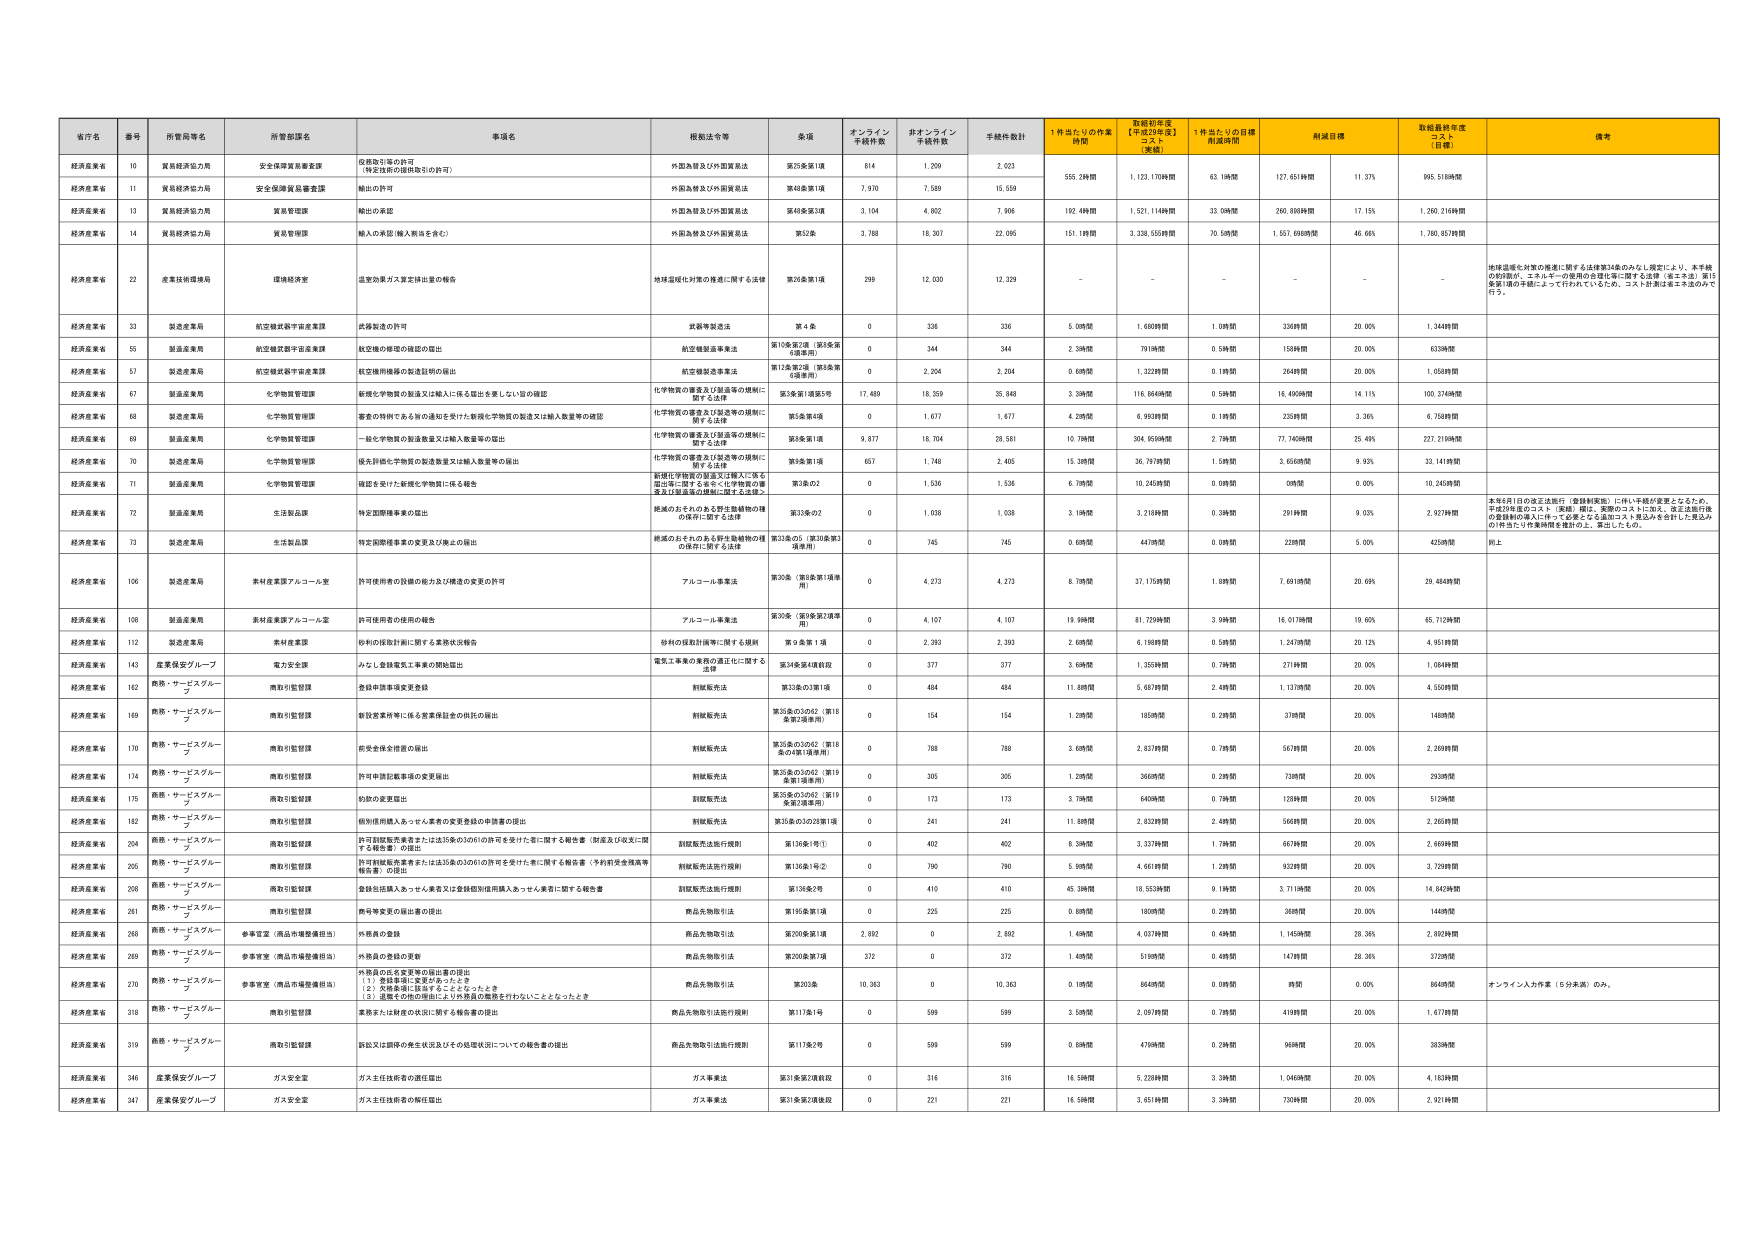
経済産業省 10 資源経済局力局 安全保障貿易審査課 保税取引等の許可 （特定品目の保税取引の許可） 外国為替及び外国貿易法 第25条第1項 814 1,209 2,023 555.2時間 1,123.170時間 62.1時間 127.651時間 11.37% 995.518時間 経済産業省 11 資源経済局力局 安全保障貿易審査課 輸出の許可 外国為替及び外国貿易法 第48条第1項 7,970 7,589 15,559 162.4時間 1,521.114時間 33.0時間 260.898時間 17.15% 1,260.216時間 経済産業省 13 資源経済局力局 資源管理課 輸出の承認 外国為替及び外国貿易法 第48条第3項 3,104 4,802 7,906 162.4時間 1,521.114時間 33.0時間 260.898時間 17.15% 1,260.216時間 経済産業省 14 資源経済局力局 資源管理課 輸入の承認（輸入申告を含む） 外国為替及び外国貿易法 第52条 3,788 18,307 22,095 151.1時間 3,338.555時間 70.5時間 1,557.698時間 46.66% 1,780.857時間 経済産業省 22 産業技術環境局 環境経済室 温室効果ガス算定排出量の報告 地球温暖化対策の推進に関する法律 第26条第1項 299 12,030 12,329 - - - - - - 地球温暖化対策の推進に関する法律第34条のみなし規定により、本手続の的対象が、エネルギーの使用の合理化に関する法律（省エネ法）第15条第1項の手続によって行われているため、コスト計算は省エネ法のみで行う。 経済産業省 33 製造産業局 航空機試験宇宙産業課 武器製造の許可 武器等製造法 第4条 0 336 336 5.0時間 1,680時間 1.0時間 336時間 20.00% 1,344時間 経済産業省 55 製造産業局 航空機試験宇宙産業課 航空機の修理の確認の届出 航空機製造事業法 第10条第2項（第8条第6項参照） 0 344 344 2.3時間 791時間 0.5時間 158時間 20.00% 633時間 経済産業省 57 製造産業局 航空機試験宇宙産業課 航空機用機器の製造証明の届出 航空機製造事業法 第12条第2項（第8条第6項参照） 0 2,204 2,204 0.6時間 1,322時間 0.1時間 264時間 20.00% 1,058時間 経済産業省 67 製造産業局 化学物質管理課 新規化学物質の製造又は輸入に係る届出を要しない旨の確認 化学物質の審査及び製造等の規制に関する法律 第3条第1項第5号 17,489 18,359 35,848 3.3時間 116,964時間 0.5時間 16,400時間 14.11% 100.754時間 経済産業省 68 製造産業局 化学物質管理課 審査の特例である旨の通知を受けた新規化学物質の製造又は輸入数量等の確認 化学物質の審査及び製造等の規制に関する法律 第3条第4項 0 1,677 1,677 4.2時間 6,963時間 0.1時間 230時間 3.36% 6,738時間 経済産業省 69 製造産業局 化学物質管理課 一般化学物質の製造数量又は輸入数量等の届出 化学物質の審査及び製造等の規制に関する法律 第3条第1項 9,877 18,704 28,581 10.7時間 304,959時間 2.7時間 77,740時間 25.49% 227.219時間 経済産業省 70 製造産業局 化学物質管理課 保全計画化学物質の製造数量又は輸入数量等の届出 化学物質の審査及び製造等の規制に関する法律 第3条第1項 657 1,748 2,405 15.3時間 36,797時間 1.5時間 3,608時間 9.93% 33,141時間 経済産業省 71 製造産業局 化学物質管理課 確認を受けた新規化学物質に係る報告 新規化学物質の審査及び輸入に係る届出等に関する省令（化学物質の審査及び製造等の規制に関する法律） 第3条の2 0 1,536 1,536 6.7時間 10,245時間 0.0時間 0時間 0.00% 10,245時間 経済産業省 72 製造産業局 生活製品課 特定国際捜索の届出 絶滅のおそれのある野生生物の種の保存に関する法律 第33条の2 0 1,038 1,038 3.1時間 3,218時間 0.3時間 291時間 9.03% 2,927時間 本年6月1日の改正法施行（登録制実施）に伴い手続が変更となるため、平成29年度のコスト（実績）欄は、変更のコストに加え、改正法施行後の登録制の導入に伴って必要となる追加コスト見込みを合計した見込みの「件当たり作業時間」を確認の上、算出したもの。 経済産業省 73 製造産業局 生活製品課 特定国際捜索の変更及び廃止の届出 絶滅のおそれのある野生生物の種の保存に関する法律 第35条の5（第30条第3項参照） 0 745 745 0.6時間 447時間 0.0時間 22時間 5.00% 425時間 前上 経済産業省 106 製造産業局 素材産業課アルコール室 許可使用者の設備の能力及び構造の変更の許可 アルコール事業法 第30条（第8条第1項参照） 0 4,273 4,273 8.7時間 37,175時間 1.8時間 7,691時間 20.69% 29,484時間 経済産業省 108 製造産業局 素材産業課アルコール室 許可使用者の使用の報告 アルコール事業法 第30条（第8条第2項参照） 0 4,107 4,107 19.9時間 81,729時間 3.9時間 16,017時間 19.60% 65,712時間 経済産業省 112 製造産業局 素材産業課 砂利の採取計画に関する業務状況報告 砂利の採取計画等に関する規則 第9条第1項 0 2,393 2,393 2.6時間 6,198時間 0.5時間 1,247時間 20.12% 4,951時間 経済産業省 143 産業保安グループ 電力安全室 みなし登録電気工事業の開始届出 電気工事業の業務の適正化に関する法律 第34条第4項前段 0 377 377 3.6時間 1,359時間 0.7時間 271時間 20.00% 1,084時間 経済産業省 162 商務・サービスグループ 商取引監督課 登録申請事項変更登録 軽減販売法 第33条の3第1項 0 484 484 11.8時間 5,667時間 2.4時間 1,137時間 20.00% 4,530時間 経済産業省 169 商務・サービスグループ 商取引監督課 解散営業所等に係る営業保証金の供託の届出 軽減販売法 第35条の3の2（第18条第2項参照） 0 154 154 1.2時間 185時間 0.2時間 37時間 20.00% 148時間 経済産業省 170 商務・サービスグループ 商取引監督課 前受金保全措置の届出 軽減販売法 第35条の3の2（第18条の4第1項参照） 0 788 788 3.6時間 2,837時間 0.7時間 567時間 20.00% 2,269時間 経済産業省 174 商務・サービスグループ 商取引監督課 許可申請記載事項の変更届出 軽減販売法 第35条の3の2（第19条第1項参照） 0 305 305 1.2時間 366時間 0.2時間 73時間 20.00% 293時間 経済産業省 175 商務・サービスグループ 商取引監督課 初動の変更届出 軽減販売法 第35条の3の2（第19条第2項参照） 0 173 173 3.7時間 640時間 0.7時間 128時間 20.00% 512時間 経済産業省 182 商務・サービスグループ 商取引監督課 個別信用購入あっせん業者の変更登録の申請書の提出 軽減販売法 第35条の3の2第1項 0 241 241 11.8時間 2,832時間 2.4時間 566時間 20.00% 2,265時間 経済産業省 204 商務・サービスグループ 商取引監督課 許可軽減販売業者または法35条の3の6の許可を受けた者に関する報告書（財産及び収支に関する報告書）の提出 軽減販売法施行規則 第136条1号① 0 402 402 8.3時間 3,357時間 1.7時間 667時間 20.00% 2,669時間 経済産業省 205 商務・サービスグループ 商取引監督課 許可軽減販売業者または法35条の3の6の許可を受けた者に関する報告書（予約販売金残高等報告書）の提出 軽減販売法施行規則 第136条1号② 0 790 790 5.9時間 4,661時間 1.2時間 932時間 20.00% 3,729時間 経済産業省 208 商務・サービスグループ 商取引監督課 登録信託購入あっせん業者又は登録個別信用購入あっせん業者に関する報告書 軽減販売法施行規則 第136条2号 0 410 410 45.3時間 18,553時間 9.1時間 3,711時間 20.00% 14,842時間 経済産業省 261 商務・サービスグループ 商取引監督課 商品等変更の届出書の提出 商品先物取引法 第195条第1項 0 225 225 0.8時間 180時間 0.2時間 36時間 20.00% 144時間 経済産業省 268 商務・サービスグループ 参事官室（商品市場整備担当） 外務員の登録 商品先物取引法 第200条第1項 2,892 0 2,892 1.4時間 4,037時間 0.4時間 1,145時間 28.36% 2,892時間 経済産業省 269 商務・サービスグループ 参事官室（商品市場整備担当） 外務員の登録の更新 商品先物取引法 第200条第7項 372 0 372 1.4時間 516時間 0.4時間 147時間 28.36% 372時間 経済産業省 270 商務・サービスグループ 参事官室（商品市場整備担当） 外務員の取消を要する届出書の提出 （1）登録事項に変更があったとき （2）資格要項に該当することとなったとき （3）異議又は申立の理由により外務員の職務を行われないこととなったとき 商品先物取引法 第203条 10,363 0 10,363 0.1時間 864時間 0.0時間 9時間 0.00% 864時間 オンライン入力作業（5分未満）のみ。 経済産業省 318 商務・サービスグループ 商取引監督課 業務または経営の状況に関する報告書の提出 商品先物取引法施行規則 第171条1号 0 599 599 3.5時間 2,097時間 0.7時間 419時間 20.00% 1,677時間 経済産業省 319 商務・サービスグループ 商取引監督課 販売又は調停の発生状況及びその処理状況についての報告書の提出 商品先物取引法施行規則 第171条2号 0 599 599 0.8時間 479時間 0.2時間 96時間 20.00% 383時間 経済産業省 346 産業保安グループ ガス安全室 ガス主任技術者の選任届出 ガス事業法 第31条第2項前段 0 316 316 16.5時間 5,239時間 3.3時間 1,046時間 20.00% 4,163時間 経済産業省 347 産業保安グループ ガス安全室 ガス主任技術者の解任届出 ガス事業法 第31条第2項後段 0 221 221 16.3時間 3,651時間 3.3時間 730時間 20.00% 2,921時間